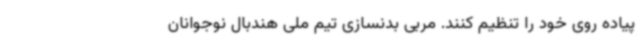
پیاده روی خود را تنظیم کنند. مربی بدنسازی تیم ملی هندبال نوجوانان